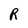
Character: R